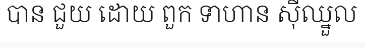
បាន ជួយ ដោយ ពួក ទាហាន ស៊ីឈ្នួល